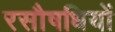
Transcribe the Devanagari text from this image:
रसौषधियों